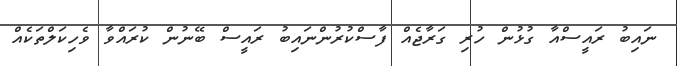
ނައިބު ރައީސްއާ ގުޅުން ހުރި ގަރާޖެއް ފާސްކުރުންނައިބު ރައީސް ބޭނުން ކުރައްވާ ވެހިކަލްތަކެއް